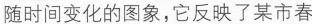
随时间变化的图象，它反映了某市春